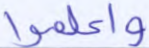
واعلموا